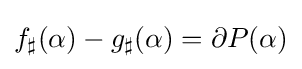
f_{\sharp }(\alpha )-g_{\sharp }(\alpha )=\partial P(\alpha )